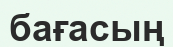
бағасың